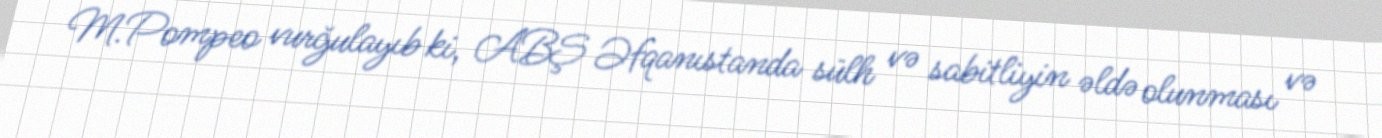
M.Pompeo vurğulayıb ki, ABŞ Əfqanıstanda sülh və sabitliyin əldə olunması və